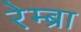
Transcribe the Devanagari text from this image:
रेम्ब्रा